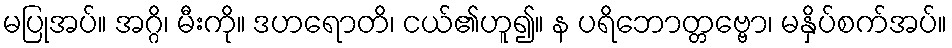
မပြုအပ်။ အဂ္ဂိ၊ မီးကို။ ဒဟရောတိ၊ ငယ်၏ဟူ၍။ န ပရိဘောတ္တဗ္ဗော၊ မနှိပ်စက်အပ်။